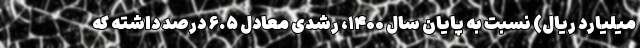
میلیارد ریال) نسبت به پایان سال ۱۴۰۰، رشدی معادل ۶.۵ درصد داشته که